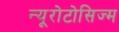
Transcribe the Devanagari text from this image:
न्यूरोटोसिज्म